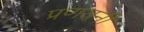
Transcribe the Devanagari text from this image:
प्रणयनी